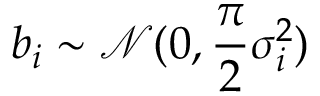
b _ { i } \sim \mathcal { N } ( 0 , \frac { \pi } { 2 } \sigma _ { i } ^ { 2 } )